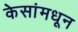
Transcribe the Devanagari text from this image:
केसांमधून